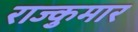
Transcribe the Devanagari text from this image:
राज्कुमार